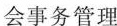
会事务管理